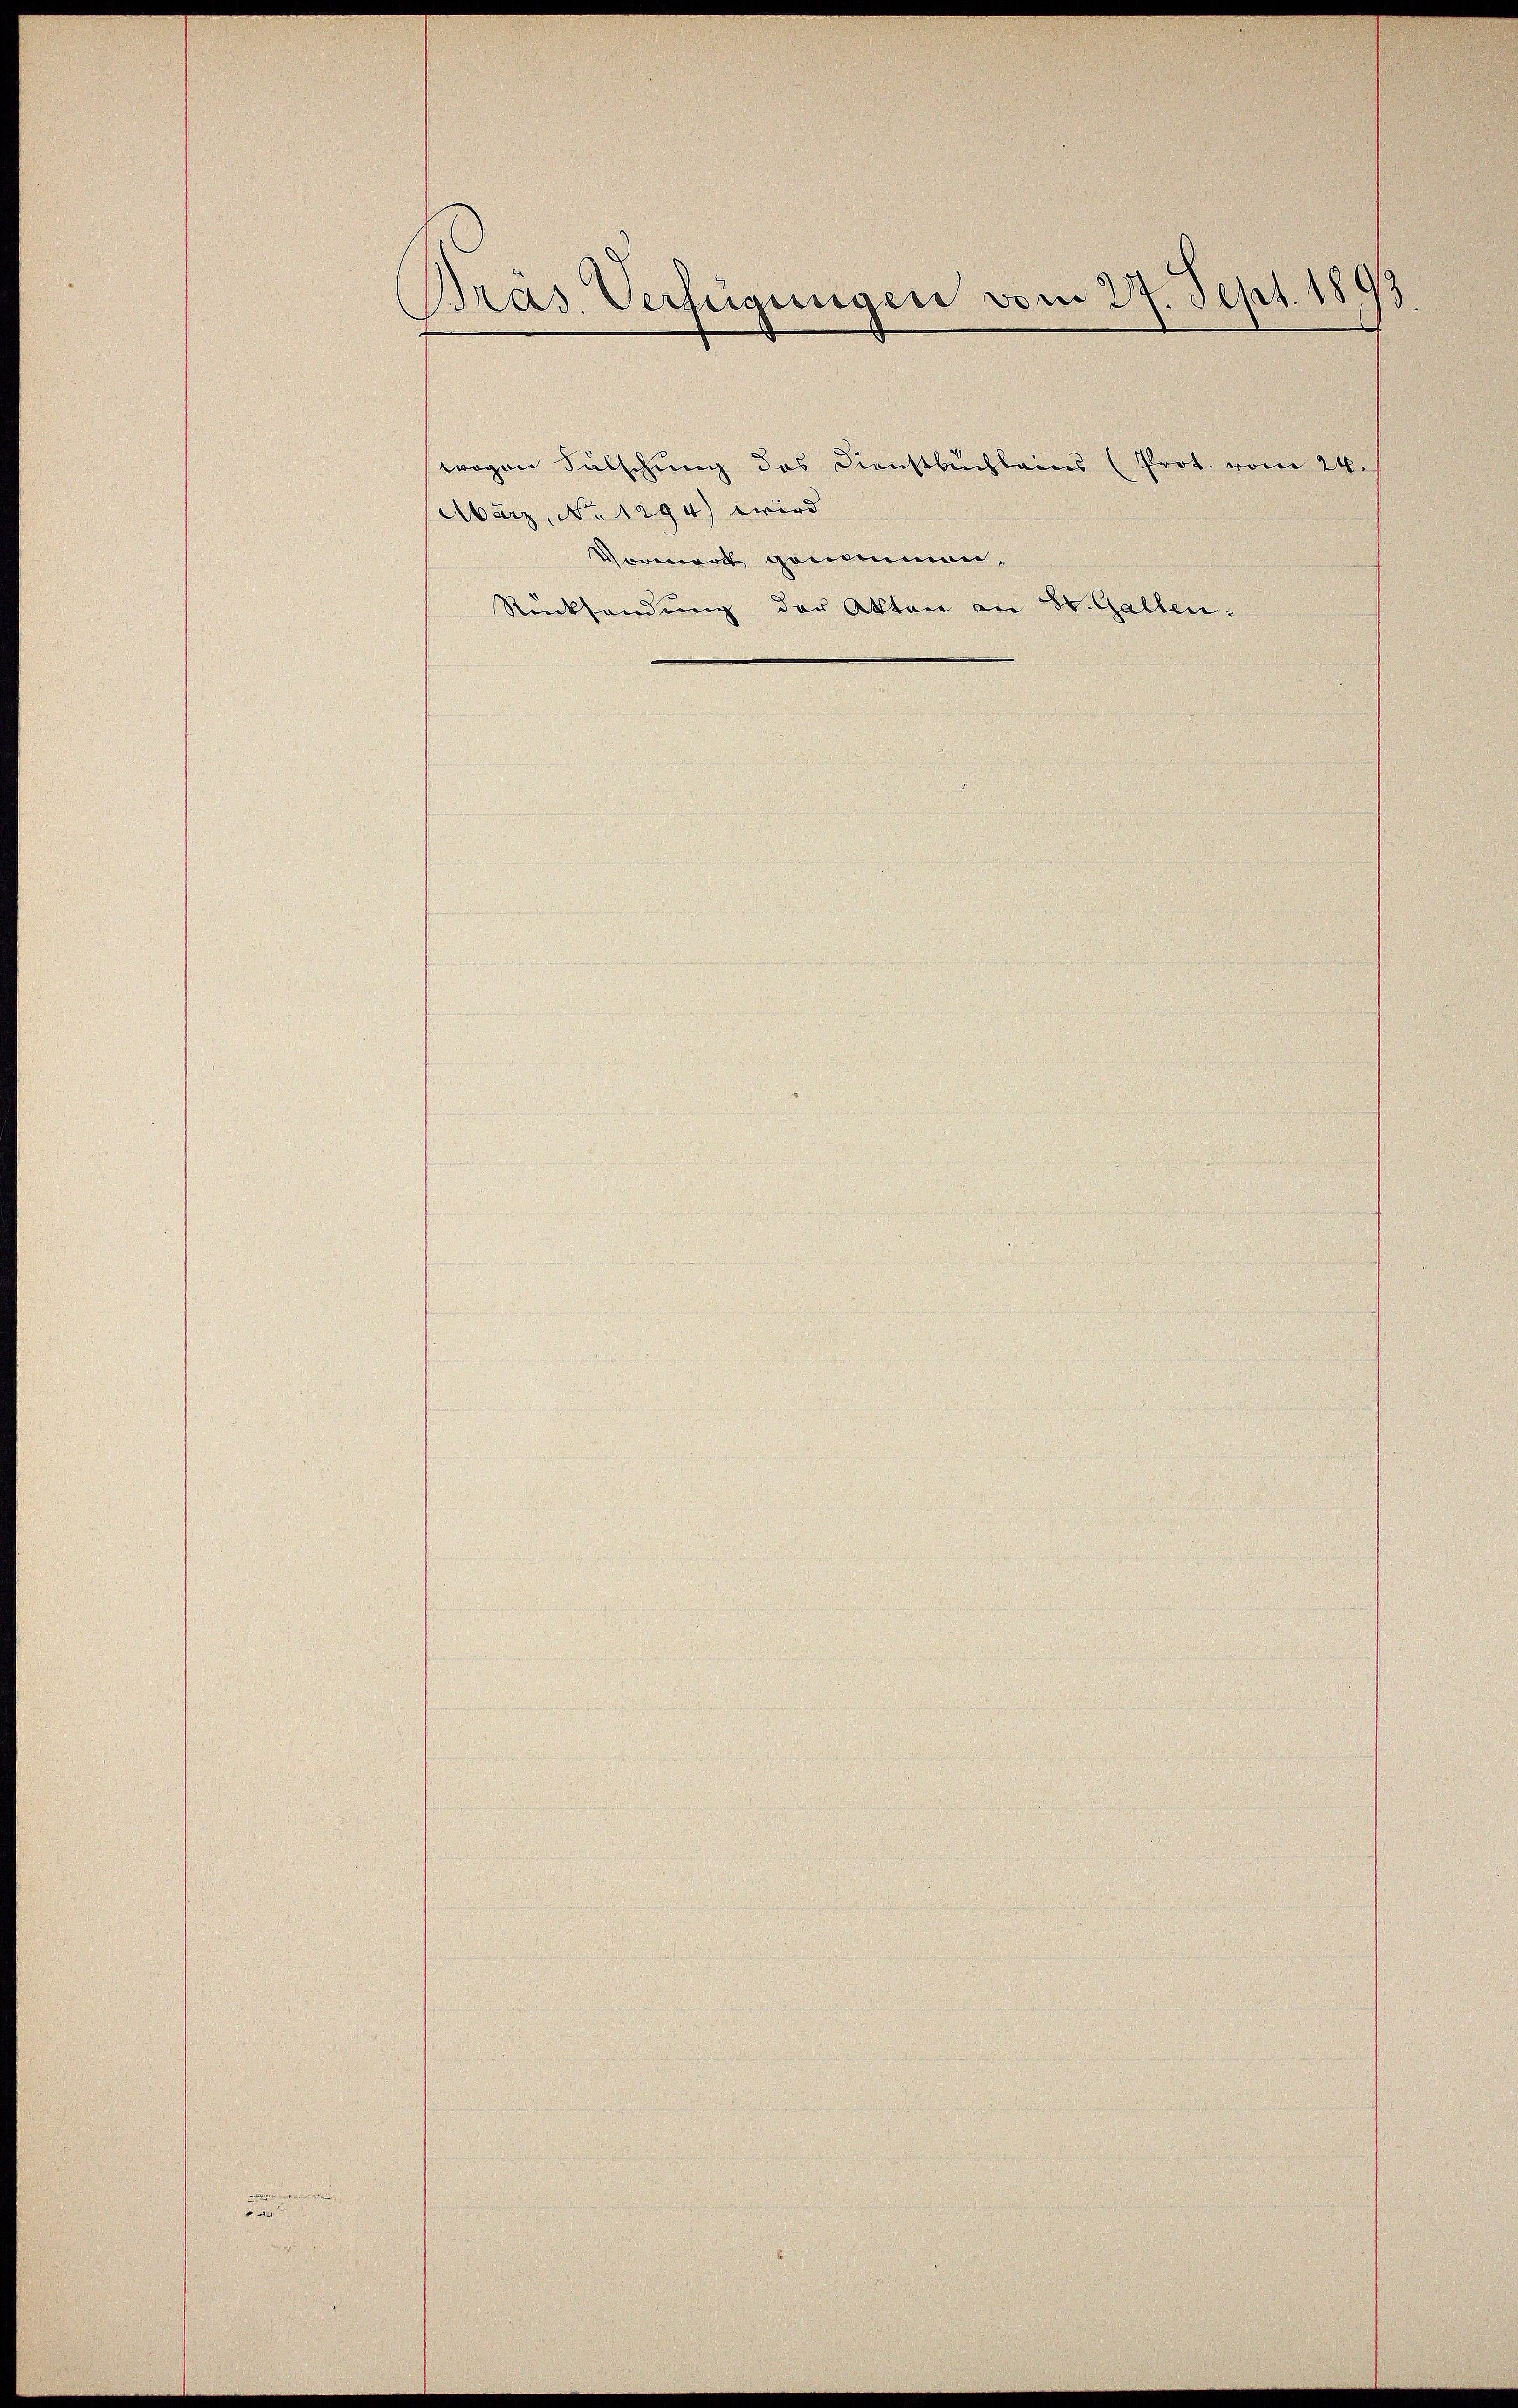
.
u

Brás Verfügungen vom 27. Sept. 1893

wegen Fälschung des Dienstbuchleins (Prot. vom 24.
März, No 1294) wird
Vormerk genommen,
Rücksendung der Akten an St. Gallen: